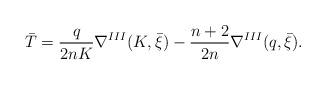
LaTeX: \begin{align*}\bar{T}=\frac{q}{2nK}\nabla^{III}(K,\bar{\xi})-\frac{n+2}{2n}\nabla^{III}(q,\bar{\xi}). \end{align*}